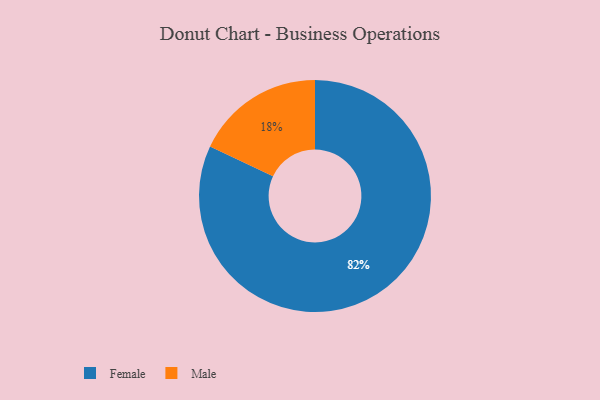
{"axis": {"x": "Category", "y": "Percentage"}, "legend": ["Female", "Male"], "data": [{"x": "Female", "y": 82, "type": "Female"}, {"x": "Male", "y": 18, "type": "Male"}]}